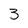
Character: 3